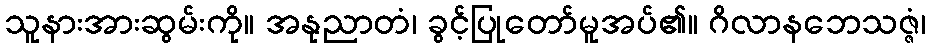
သူနားအားဆွမ်းကို။ အနုညာတံ၊ ခွင့်ပြုတော်မူအပ်၏။ ဂိလာနဘေသဇ္ဇံ၊